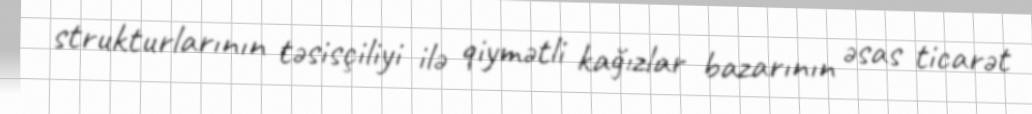
strukturlarının təsisçiliyi ilə qiymətli kağızlar bazarının əsas ticarət